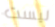
ليست